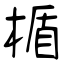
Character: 楯